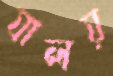
যালয়